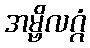
အမ္ဗိလဂ္ဂံ